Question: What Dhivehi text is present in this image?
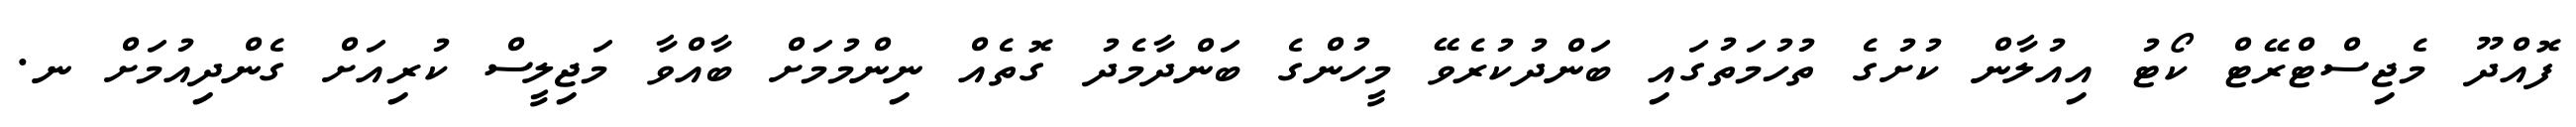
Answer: ފޮއްދޫ މެޖިސްޓްރޭޓް ކޯޓު އިއުލާން ކުށުގެ ތުހުމަތުގައި ބަންދުކުރެވޭ މީހުންގެ ބަންދާމެދު ގޮތެއް ނިންމުމަށް ބާއްވާ މަޖިލީސް ކުރިއަށް ގެންދިއުމަށް ނ.